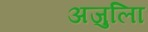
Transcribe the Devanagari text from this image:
अजुलिा